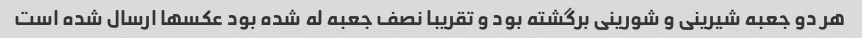
هر دو جعبه شیرینی و شورینی برگشته بود و تقریبا نصف جعبه له شده بود عکسها ارسال شده است